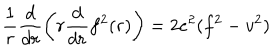
\frac { 1 } { r } \frac { d } { d r } \left( r \frac { d } { d r } f ^ { 2 } ( r ) \right) = 2 e ^ { 2 } ( f ^ { 2 } - v ^ { 2 } )